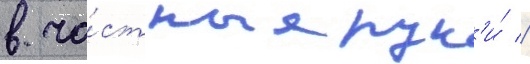
в ча́стные рук'и́ //